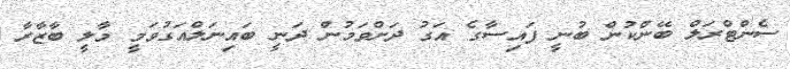
ސެންޓްރަލް ބޭންކުން ބުނީ ފައިސާގެ އަގު ދަށްވަމުން ދަނީ ބައިނަލްއަގުވަމީ މާލީ ބާޒާރާ